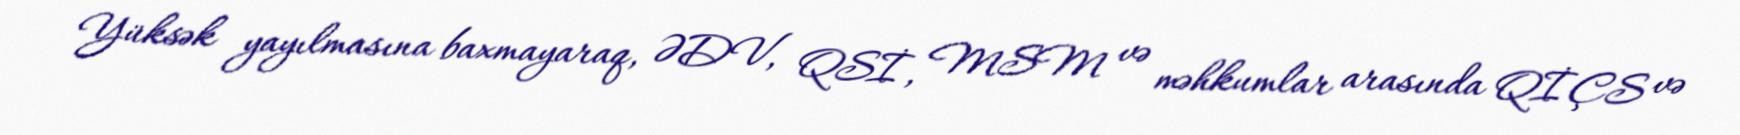
Yüksək yayılmasına baxmayaraq, ƏDV, QSİ, MSM və məhkumlar arasında QİÇS və